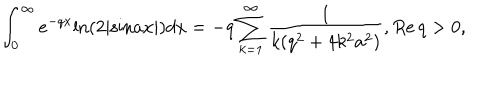
\int _ { 0 } ^ { \infty } e ^ { - q x } \mathrm { l n } ( 2 | \mathrm { s i n } a x | ) d x = - q \sum _ { k = 1 } ^ { \infty } \frac { 1 } { k ( q ^ { 2 } + 4 k ^ { 2 } a ^ { 2 } ) } , R e \, q > 0 ,